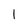
Character: I